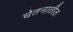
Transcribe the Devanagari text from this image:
चेतनातीत